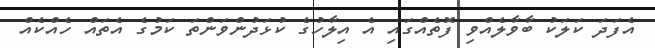
އެފަދަ ކަލަކު ބާވާލެއްވި ފޮތެއްގައި އެ އިލާހުގެ ކުޅަދުންވަންތަ ކަމުގެ އެތައް ހެއްކެއް